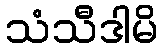
သံသီဒါမိ